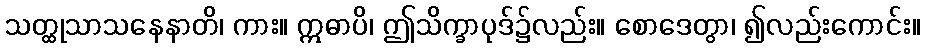
သတ္ထုသာသနေနာတိ၊ ကား။ ဣဓာပိ၊ ဤသိက္ခာပုဒ်၌လည်း။ စောဒေတွာ၊ ၍လည်းကောင်း။